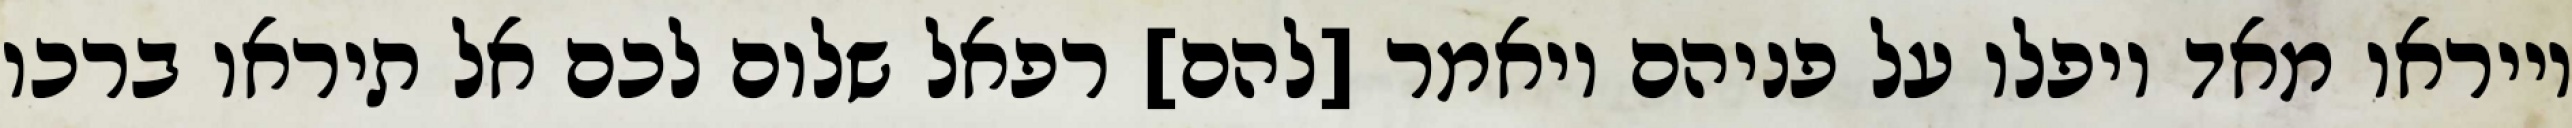
וייראו מאד ויפלו על פניהם ויאמר [להם] רפאל שלום לכם אל תיראו ברכו